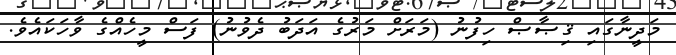
މަދީނާގައި ޤިޞާޞް ހިފުނު (މަރަށް މަރުގެ އަދަބު ދެވުނު) ފަސް މީހެއްގެ ވާހަކައެވެ.